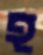
হ